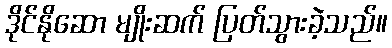
ဒိုင်နိုဆော မျိုးဆက် ပြတ်သွားခဲ့သည်။